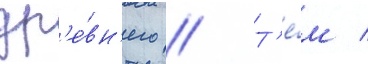
др'е́вн'его // Т'е́м /